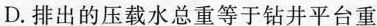
D.排出的压载水总重等于钻井平台重